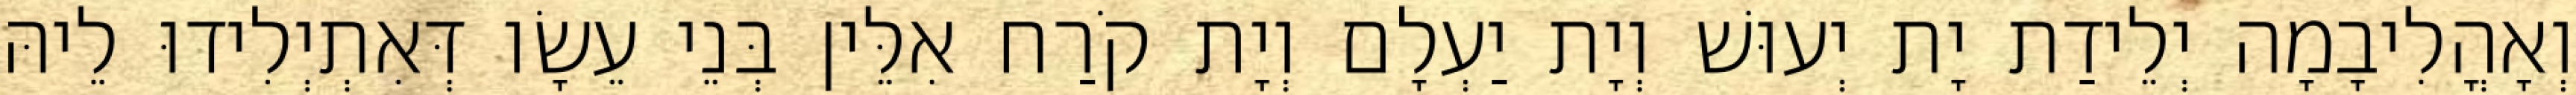
וְאָהֳלִיבָמָה יְלֵידַת יָת יְעוּשׁ וְיָת יַעְלָם וְיָת קֹרַח אִלֵּין בְּנֵי עֵשָׂו דְּאִתְיְלִידוּ לֵיהּ